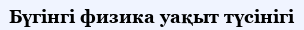
Бүгінгі физика уақыт түсінігі